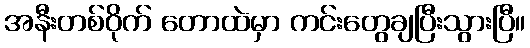
အနီးတစ်ဝိုက် တောထဲမှာ ကင်းတွေချပြီးသွားပြီ။